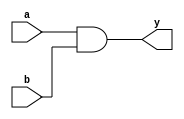
module continuous_assignment_example (
    input wire a,      // First input signal
    input wire b,      // Second input signal
    output wire y      // Output signal
);

// Continuous assignment using the assign statement
assign y = a & b; // y will continuously reflect the result of a AND b

endmodule